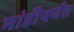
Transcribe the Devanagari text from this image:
मांडीपर्यंत